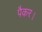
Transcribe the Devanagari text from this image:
पैकर।